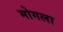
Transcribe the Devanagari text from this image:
मोगला